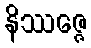
နိဿဇ္ဇေ